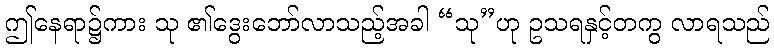
ဤနေရာ၌ကား သု ၏ဒွေးဘော်လာသည့်အခါ “သု”ဟု ဥသရနှင့်တကွ လာရသည်